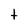
Character: t